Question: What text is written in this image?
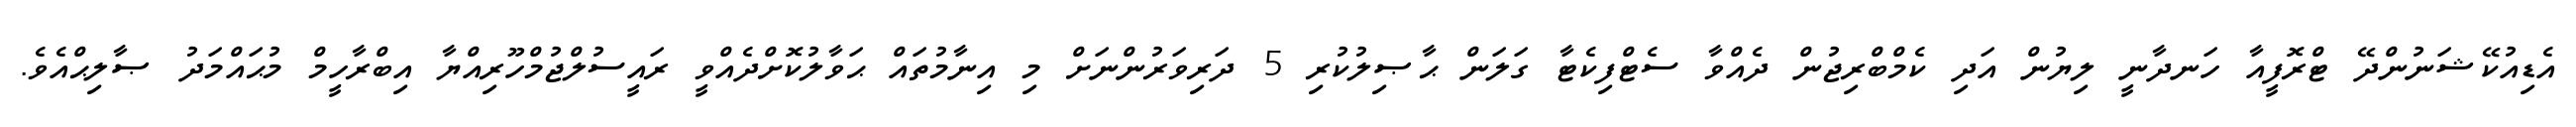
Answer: އެޑިއުކޭޝަނުންދޭ ޓްރޮފީއާ ހަނދާނީ ލިޔުން އަދި ކެމްބްރިޖުން ދެއްވާ ސެޓްފިކެޓާ ގަލަން ޙާޞިލުކުރި 5 ދަރިވަރުންނަށް މި އިނާމުތައް ޙަވާލުކޮށްދެއްވީ ރައީސުލްޖުމްހޫރިއްޔާ އިބްރާހީމް މުޙައްމަދު ޞާލިޙްއެވެ.